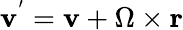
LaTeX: \textbf{v}^{'}=\textbf{v}+\Omega\times\textbf{r}